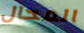
المحال